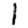
Digit: 1